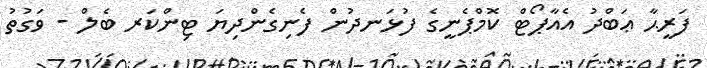
ފަރީޙާ ޢަބްދު އެއާޕޯޓް ކޮމްޕެނީގެ ފުޅަނދުން ފެނިގެންދިޔަ ޓިންކަރ ބެލް - ވަގުތު